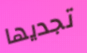
تجديها